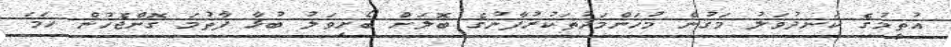
އުތީމުގެ ކަނދުވަލު މަގުން މުހަންމަދުތަކުރުފާނުގެ ބޮލަށް ބޯށިވަލު ބުޅާ ފާތުމަ ގޮންޖެހުން ހަމަ